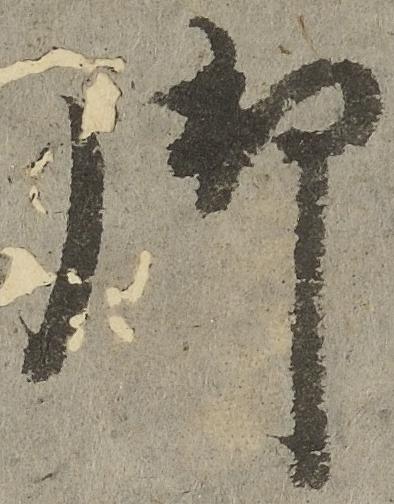
御